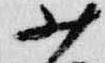
少